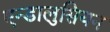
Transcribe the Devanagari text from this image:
एन्डालुसियन